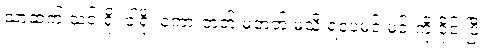
သာထက် သင်းရို့ ငါရို့ စကားတတ် မတတ် မသိ ရပေမင့် မင်းကို ဝိုင်းပြီး